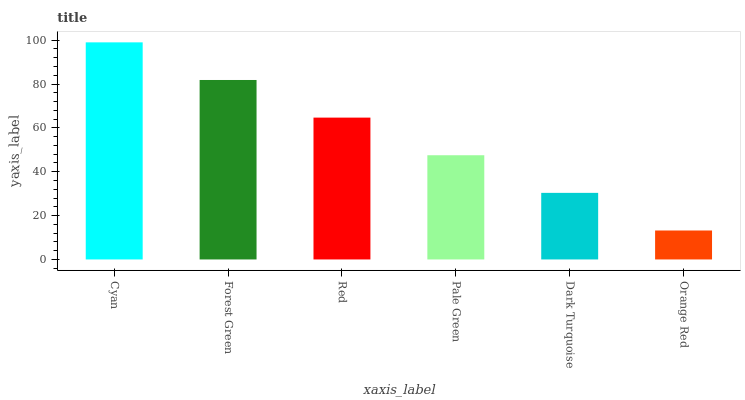
| xaxis_label | bars |
 | --- | --- |
 | Cyan | 99 |
 | Forest Green | 81.8 |
 | Red | 64.7 |
 | Pale Green | 47.5 |
 | Dark Turquoise | 30.4 |
 | Orange Red | 13.2 |